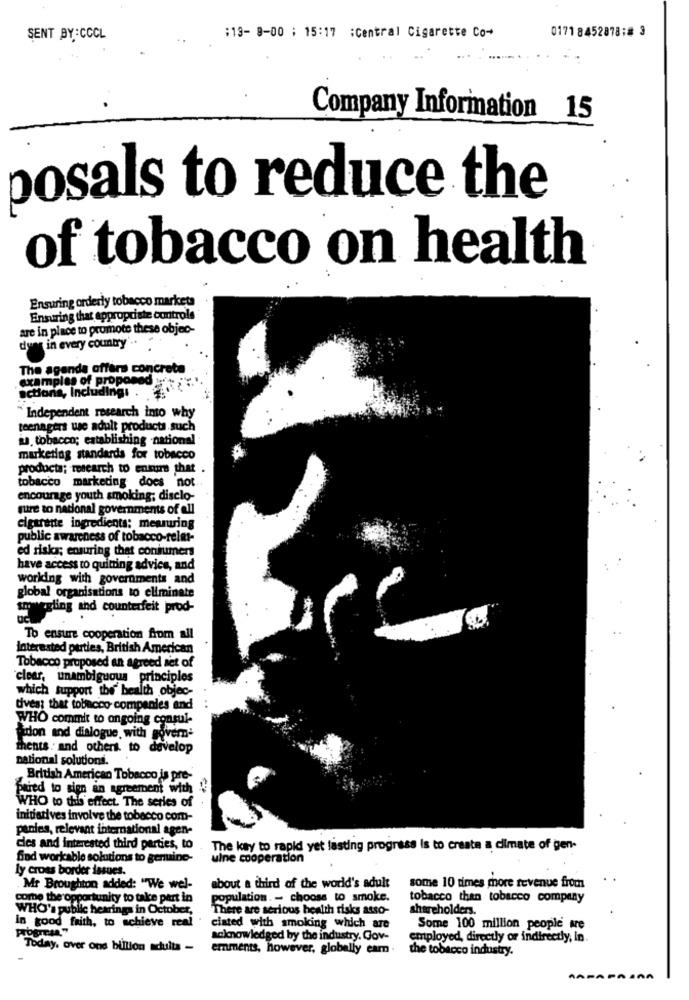
0171 8452878;# 3
SENT BY:CCCL
:13- 8-00 ; 15:17 :Central Cigarette Co-
Company Information 15
posals to reduce the
of tobacco on health
Ensuring orderly tobacco markets
Ensuring that appropriate controls
are in place to promote these objec-
dung in every country' ..
The agenda offers concrete
examples of proposed
actions, Includingi .
"Independent research into why
teenagers use adult products such
ja, tobacco; establishing national
marketing standards for tobacco
producta; research to ensure that .
tobacco marketing does not
encourage youth smoking; disclo-
pure to national governments of all
cigarette ingredients: measuring
public awareness of tobacco-reler-
ed risks; ensuring that consumers
have access to quitting advice, and
worlding with governments and
global organisations to eliminate
sm wegling and counterfeit prod-
To ensure cooperation from all
interested parties, British American
Tobacco proposed an agreed set of
clear, unambiguous principles
which support the health objec-
tives: that tobacco companies and
WHO commit to ongoing consul-
idon and dialogue with govern-
thents . and others to develop
national solutions.
British American Tobacco is pre-
pred to sign an agreement with !!
WHO to this effect. The series of
initiatives involve the tobacco com-
paoles, relevant international agen-
cies and interested third parties, to
The key to rapid yet lasting progress is to create a climate of gen-
find workable solutions to genuine-
uine cooperation
ly cross border issues.
Mr Broughton added: "We wel-
about a third of the world's adult
some 10 times more revenue from
come the opportunity to take part in
population. - choose to smoke.
tobacco than tobacco company
WHO's public hearings in October,
There are serious health risks asso-
shareholders.
In good faith, to achieve real
Progress"
ciated with smoking which are
Some 100 million people we
acknowledged by the industry. Gov-
employed, directly or indirectly, in.
Today, over one billion adults -
emments, however, globally eam.
the tobacco industry.